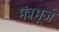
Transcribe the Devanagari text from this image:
मंत्रभूर्ज